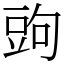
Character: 𧯠